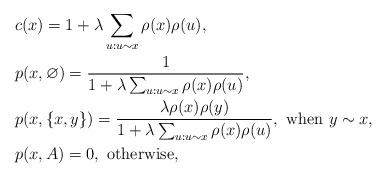
LaTeX: \begin{align*}&c(x)=1+\lambda\sum_{u:u\sim x}\rho(x)\rho(u),\\&p(x,\varnothing)=\frac{1}{1+\lambda\sum_{u:u\sim x}\rho(x)\rho(u)},\\&p(x,\{x,y\})=\frac{\lambda\rho(x)\rho(y)}{1+\lambda\sum_{u:u\sim x}\rho(x)\rho(u)},\ {\rm when}\ y\sim x,\\&p(x,A)=0,\ \rm otherwise,\end{align*}